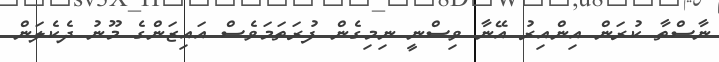
ނާސްތާ ކުރަން އިންއިރު އޭނާ ވިސްނީ ނިމިގެން ފުރަތަމަވެސް އައިޒަންގެ މޫނު ދެކެލަން